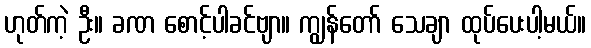
ဟုတ်ကဲ့ ဦး။ ခဏ စောင့်ပါခင်ဗျာ။ ကျွန်တော် သေချာ ထုပ်ပေးပါ့မယ်။